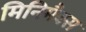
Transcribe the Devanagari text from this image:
मिनिमैक्स